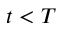
t < T